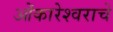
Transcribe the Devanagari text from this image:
ओंकारेश्वराचे